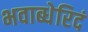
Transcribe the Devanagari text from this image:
भवाब्धेरिदं